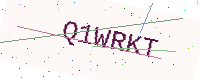
Text: Q1WRKT